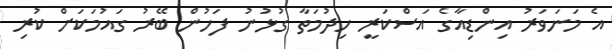
އެ މަނަވަރު އިންޑިއާގެ އަސްކަރީ ހިދުމަތާ ގުޅުނު ފަހުން ބޭރު ގައުމަކަށް ކުރި